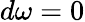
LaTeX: d\omega=0